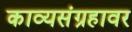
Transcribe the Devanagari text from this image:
काव्यसंग्रहावर